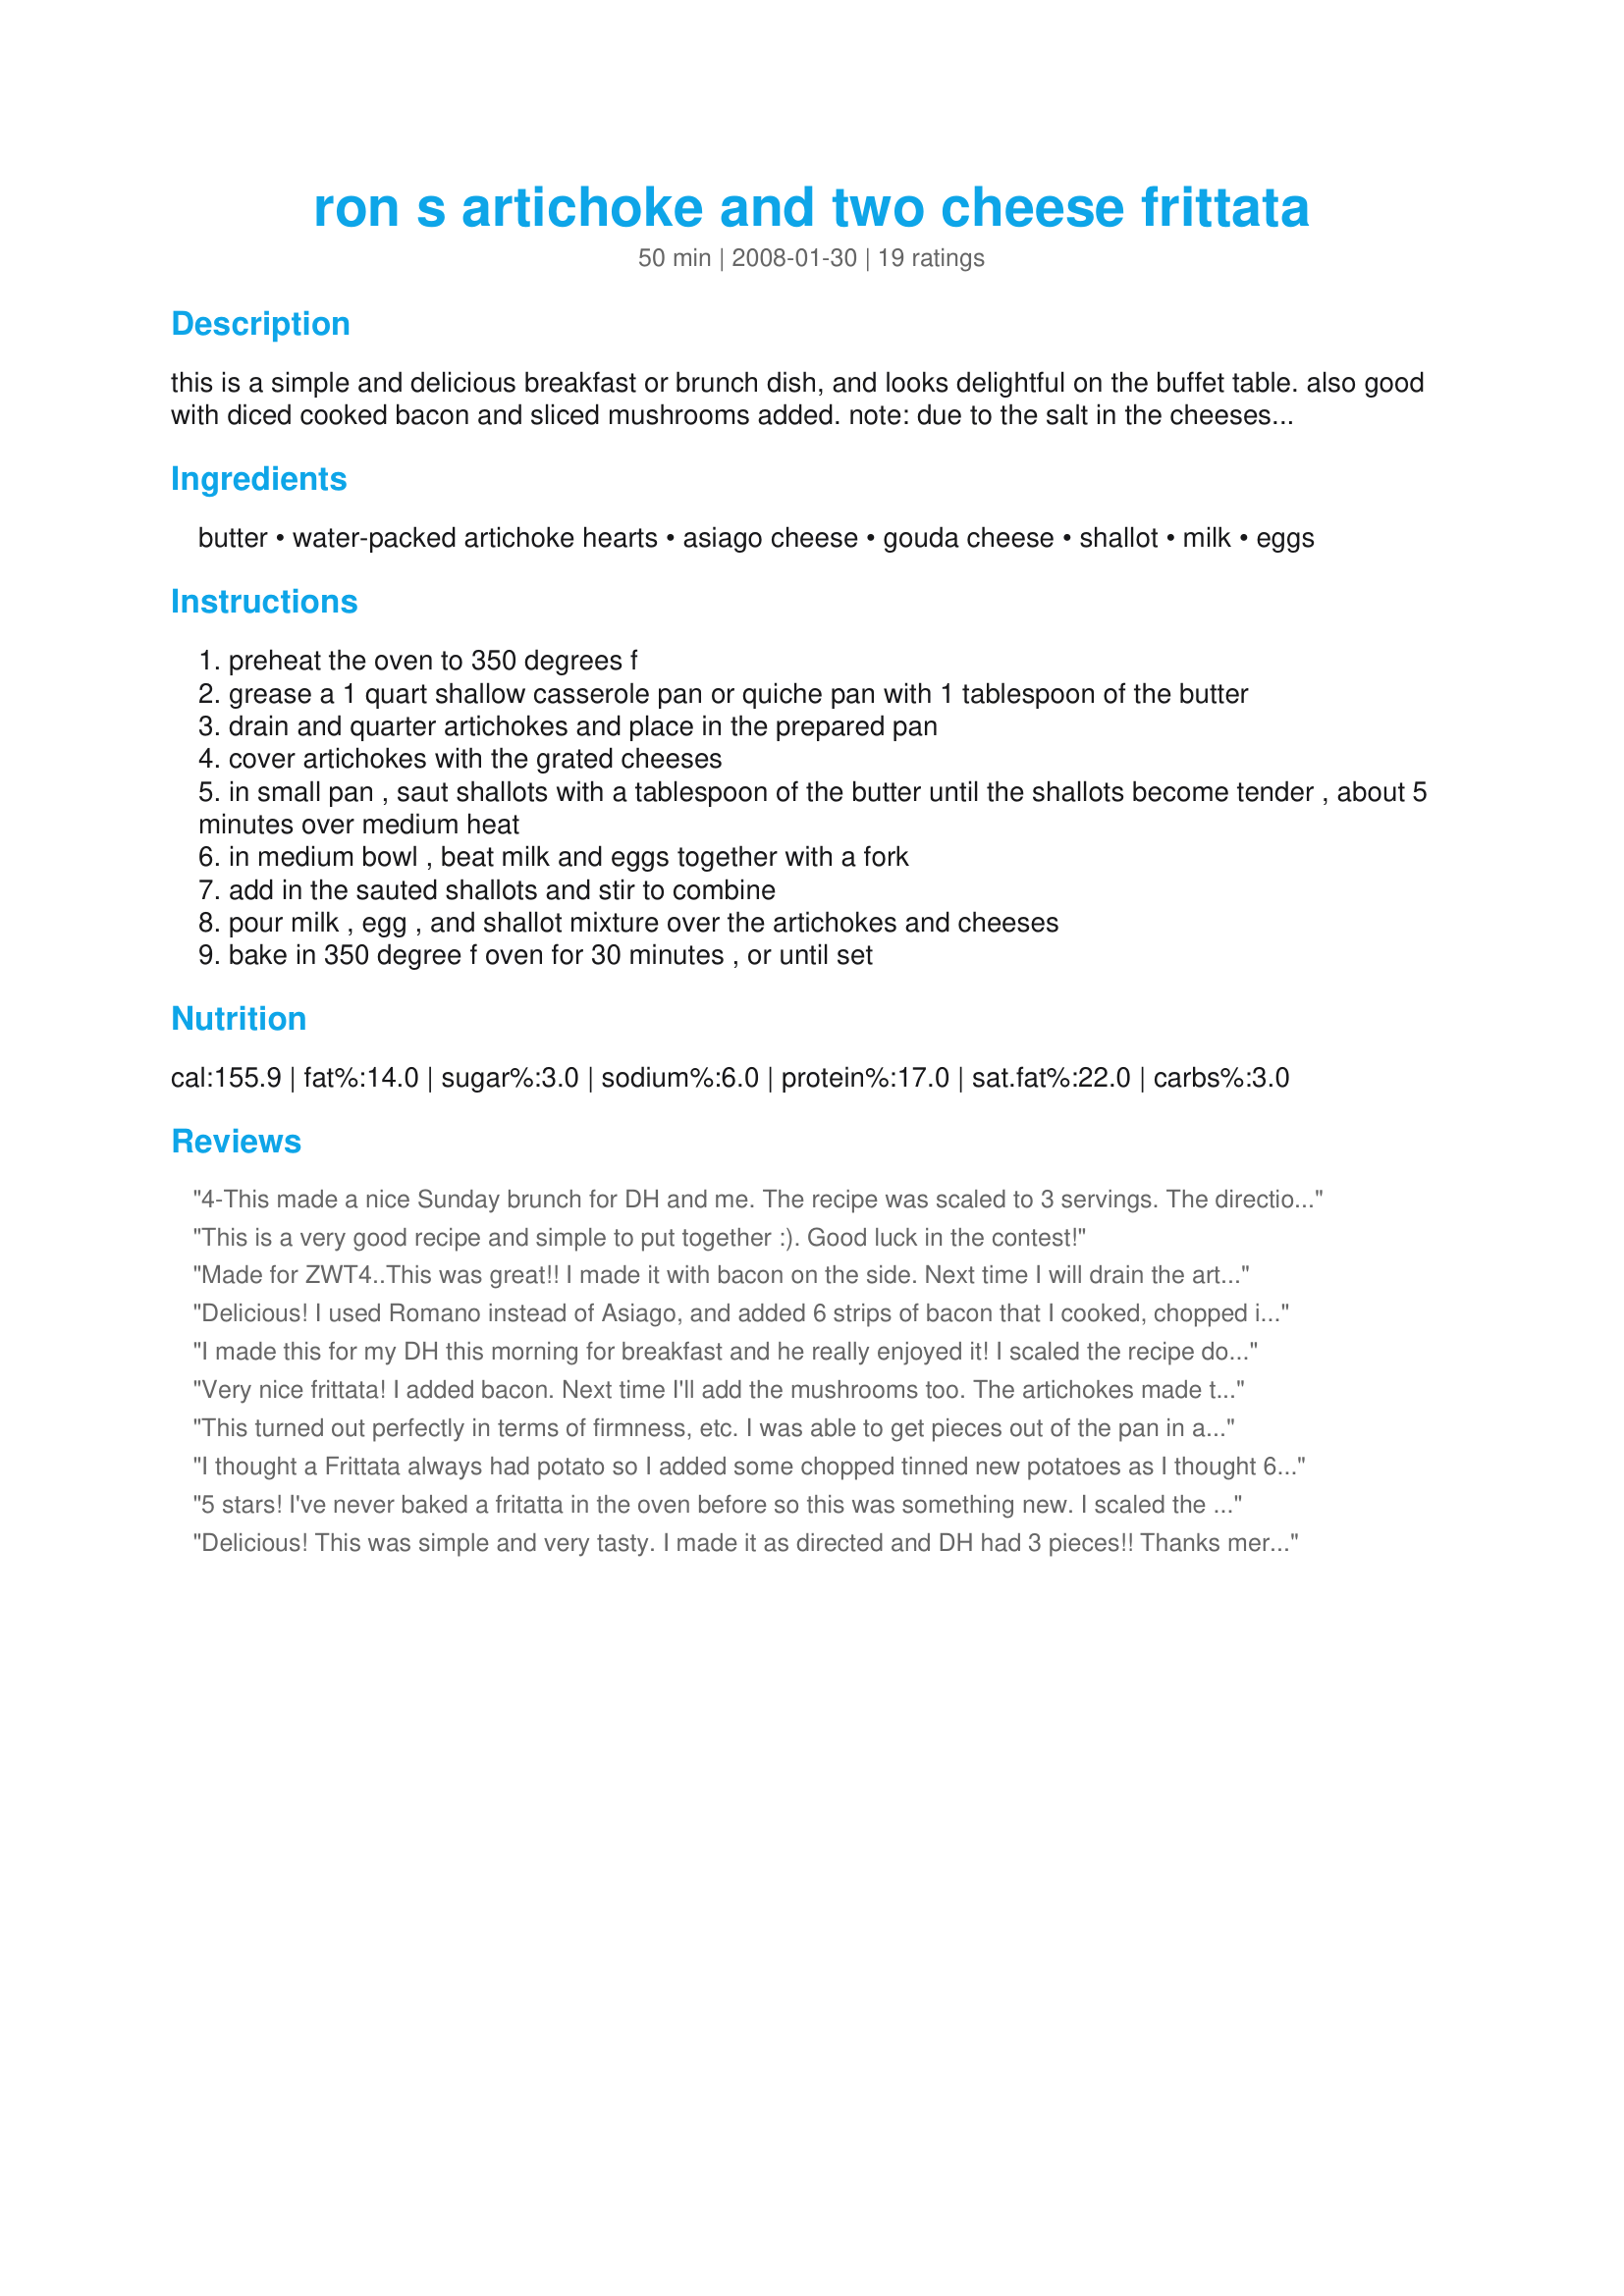
ron s artichoke and two cheese frittata
Preparation time: 50 minutes

this is a simple and delicious breakfast or brunch dish, and looks delightful on the buffet table. also good with diced cooked bacon and sliced mushrooms added. note: due to the salt in the cheeses, no additional salt should be necessary in the cooking process. my picky dh and i created this for rsc #11.

Ingredients:
butter, water-packed artichoke hearts, asiago cheese, gouda cheese, shallot, milk, eggs

Steps:
preheat the oven to 350 degrees f
grease a 1 quart shallow casserole pan or quiche pan with 1 tablespoon of the butter
drain and quarter artichokes and place in the prepared pan
cover artichokes with the grated cheeses
in small pan , saut shallots with a tablespoon of the butter until the shallots become tender , about 5 minutes over medium heat
in medium bowl , beat milk and eggs together with a fork
add in the sauted shallots and stir to combine
pour milk , egg , and shallot mixture over the artichokes and cheeses
bake in 350 degree f oven for 30 minutes , or until set

Reviews:
4-This made a nice Sunday brunch for DH and me. The recipe was scaled to 3 servings. The directions are well written and easy to follow. This recipe would have been a great use of the cayenne pepper. Good luck in RSC #11.
This is a very good recipe and simple to put together :). Good luck in the contest!
Made for ZWT4..This was great!! I made it with bacon on the side. Next time I will drain the artichokes more and put them in my food processor to make smaller pieces.
Delicious! I used Romano instead of Asiago, and added 6 strips of bacon that I cooked, chopped into small pieces, and added to the egg mixture. I used a 9" glass pie plate and it worked perfectly.
I made this for my DH this morning for breakfast and he really enjoyed it! I scaled the recipe down for 2 eggs. Thank you mersaydees!
Very nice frittata! I added bacon. Next time I'll add the mushrooms too. The artichokes made this nice and juicy, while the egg texture still stayed light and fluffy. I think this would also be nice with Gruyere. Thanks mersaydees! Made for ZWT 4.
This turned out perfectly in terms of firmness, etc. I was able to get pieces out of the pan in a perfect triangle which was a bit of an accomplishment for me! However, it was somewhat bland in flavor so next time I will add more onions, maybe some garlic and mushrooms and some additional spices. It was super easy and that is very important!
I thought a Frittata always had potato so I added some chopped tinned new potatoes as I thought 6 eggs with the quantity of artichokes was a lot. I used just 4 eggs to feed 2 people. I can't see 1 small wedge of this as a meal even with potatoes added, presumably the 'Serves 6' means at a buffet or something. Like another poster I scrambled the eggs, no point in baking, served with poached mushrooms/tomatoes with herbs &amp; 2 toasts (each!).
5 stars! I've never baked a fritatta in the oven before so this was something new. I scaled the recipe down to serve just 1 and baked it in a ramekin in the toaster oven. It baked up nice and round, and the artichokes were evenly distributed throughout. Very enjoyable! Made and reviewed for RSC#11.
Delicious! This was simple and very tasty. I made it as directed and DH had 3 pieces!! Thanks mersaydees. Made for ZWT4.
I added sautÃ©ed mushrooms on top of the artichokesâ€¦ other than that I followed the recipe. The recipe ingredient indicated 1 tablespoon of olive oil, but the directions never indicated where to use itâ€¦ so I omitted it. I served this as an appetizer, room temperature, cut into small squares. Very yummy!
Extremely easy to make and I loved the gouda in fact I will increase it a little next time. Made for ZWT 4.
Fantastic!! Took about 35 minutes to set. Used smoked gouda that added a very nice touch as well as Trader Joe&#039;s Creamy Toscano Cheese~a blend of parm &amp; farmstead cheddar. Didn&#039;t have milk so I used half and half, don&#039;t think it hurt the recipe. LOL Definitely a keeper mersaydees!
Turned out greAt. Will add more red onion. DH loved it.
This was good; easy to make. Step 1 says to use 2Tb butter for dish - this is much more than needed & not listed in the ingredients list.
We loved it! This frittata is easy and elegant. I lightened it up a bit too by using cooking spray in place of the butter as suggested and using some egg substitute. The ingredients list has olive oil, but I didn't see it in the directions... I did add just a smidge of cayenne pepper. I used a 9 inch pie plate and baked mine an additional 3 minutes and then broiled for 2 minutes on high to brown the top. We'll be making again!
This is wonderful! It made the perfect lunch served with salad and also was great the next day! Easy to make and I loved the combination of cheese and artichokes together; this is definitely a winner!
i really liked this. it was nice and cheesy. not at all hard to make. thanks for sharing. reviewed for RSC #11
This is a very nice combination of ingredients. I cooked mine as a scramble instead of as a frittata. I also halved the amounts of cheese called for, as a personal preference, and topped it with some freshly diced tomato for a very tasty lunch.
